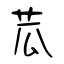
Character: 苽